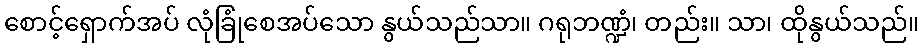
စောင့်ရှောက်အပ် လုံခြုံစေအပ်သော နွယ်သည်သာ။ ဂရုဘဏ္ဍံ၊ တည်း။ သာ၊ ထိုနွယ်သည်။